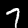
Digit: 7